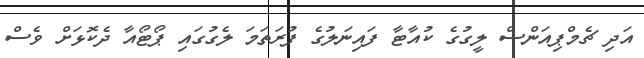
އަދި ޗެމްޕިއަންސް ލީގުގެ ކުއާޓާ ފައިނަލުގެ ފުރަަތަމަ ލެގުގައި ޕޯޓޯއާ ދެކޮޅަށް ވެސް